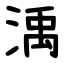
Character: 渪